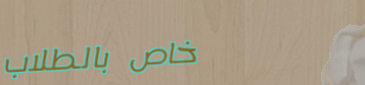
خاص بالطلاب